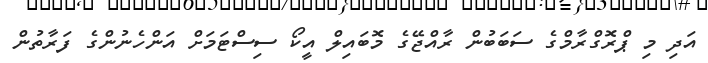
އަދި މި ޕްރޮގްރާމްގެ ސަބަބުން ރާއްޖޭގެ މޮބައިލް އީކޯ ސިސްޓަމަށް އަންހެނުންގެ ފަރާތުން